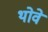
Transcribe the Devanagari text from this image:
थोवे